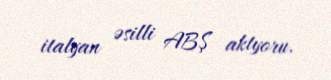
italyan əsilli ABŞ aktyoru.